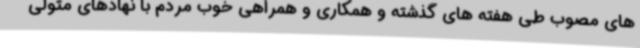
های مصوب طی هفته های گذشته و همکاری و همراهی خوب مردم با نهادهای متولی